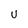
Character: U